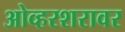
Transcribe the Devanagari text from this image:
ओव्हरशरावर